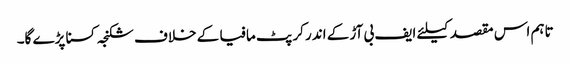
تاہم اس مقصد کیلئے ایف بی آڑ کے اندر کرپٹ مافیا کے خلاف شکنجہ کسنا پڑے گا۔